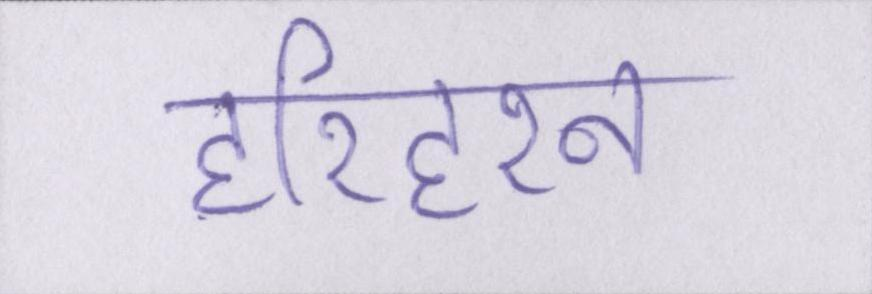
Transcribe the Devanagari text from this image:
हरिहरन